Ministerio: exteriores — Archivo: AGMAE-R39017
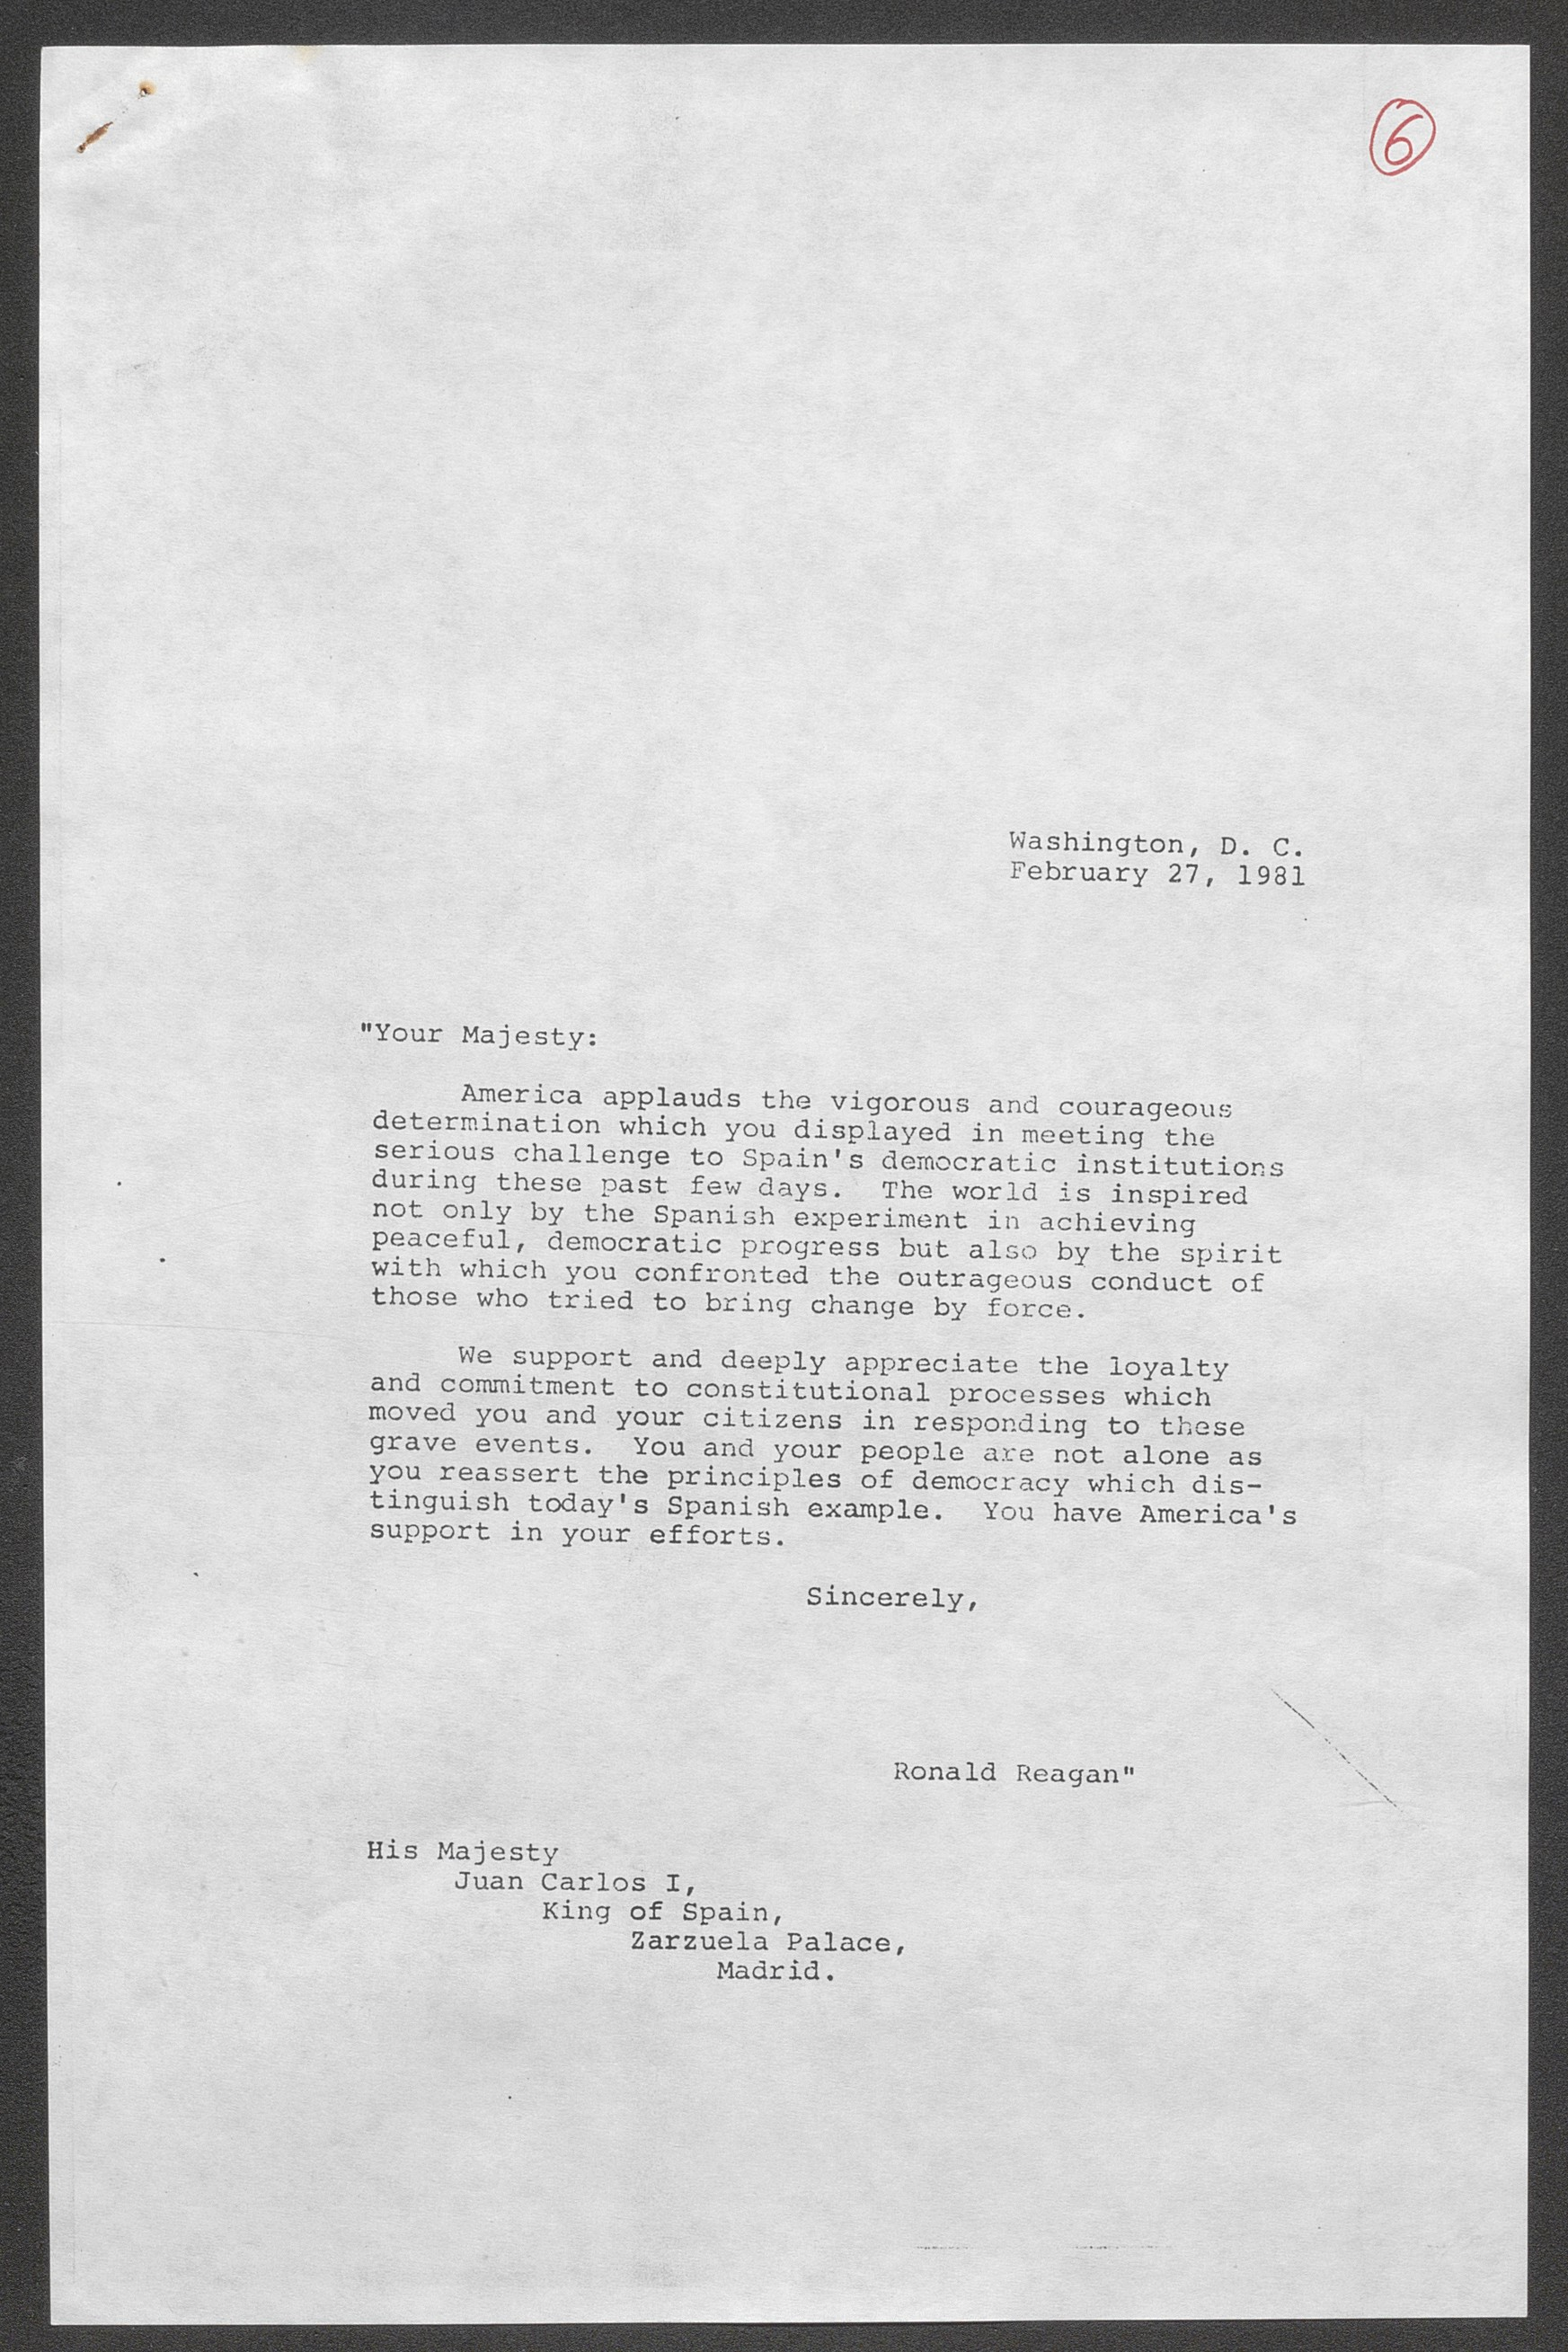
Washington, D. C.
February 27, 1981

Sincerely,

His Majesty

Juan Carlos I,
King of Spain,
Zarzuela Palace,
Madrid.